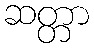
ဆတ္တာ